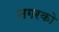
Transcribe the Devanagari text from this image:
नगरको